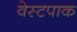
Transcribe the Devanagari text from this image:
वेस्टपाक